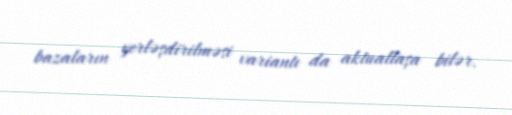
bazaların yerləşdirilməsi variantı da aktuallaşa bilər.